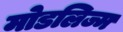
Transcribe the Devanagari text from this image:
मोडलिज्म